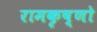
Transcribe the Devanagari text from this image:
रामकृष्णो